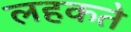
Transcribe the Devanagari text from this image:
लहकते